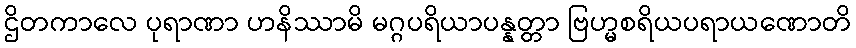
ဌိတကာလေ ပုရာဏာ ဟနိဿာမိ မဂ္ဂပရိယာပန္နတ္တာ ဗြဟ္မစရိယပရာယဏောတိ